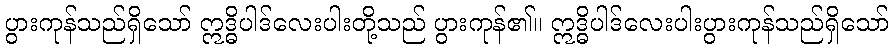
ပွားကုန်သည်ရှိသော် ဣဒ္ဓိပါဒ်လေးပါးတို့သည် ပွားကုန်၏။ ဣဒ္ဓိပါဒ်လေးပါးပွားကုန်သည်ရှိသော်